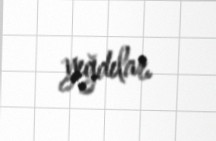
yığdılar.